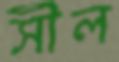
সীল